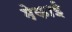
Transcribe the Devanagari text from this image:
मेकाई